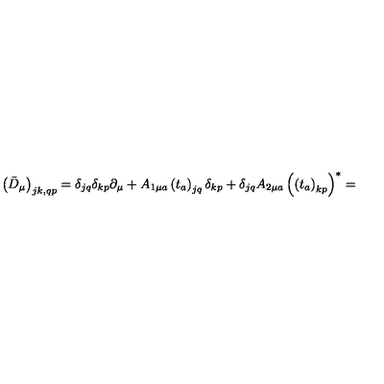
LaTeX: \left( \bar { D } _ { \mu } \right) _ { j k , q p } = \delta _ { j q } \delta _ { k p } \partial _ { \mu } + A _ { 1 \mu a } \left( t _ { a } \right) _ { j q } \delta _ { k p } + \delta _ { j q } A _ { 2 \mu a } \left( \left( t _ { a } \right) _ { k p } \right) ^ { \ast } =